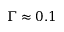
\Gamma \approx 0 . 1